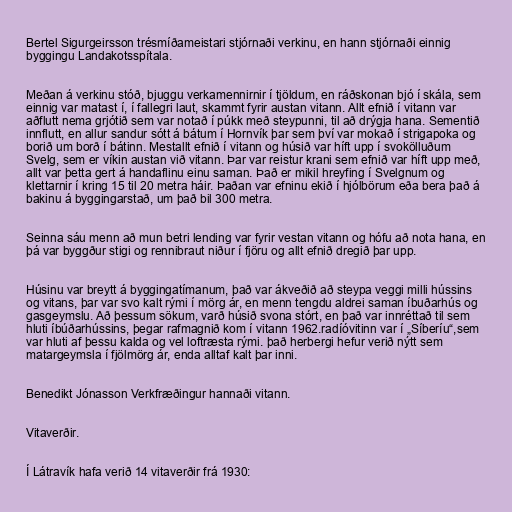
Bertel Sigurgeirsson trésmíðameistari stjórnaði verkinu, en hann stjórnaði einnig
byggingu Landakotsspítala.

Meðan á verkinu stóð, bjuggu verkamennirnir í tjöldum, en ráðskonan bjó í skála, sem
einnig var matast í, í fallegri laut, skammt fyrir austan vitann. Allt efnið í vitann var
aðflutt nema grjótið sem var notað í púkk með steypunni, til að drýgja hana. Sementið
innflutt, en allur sandur sótt á bátum í Hornvík þar sem því var mokað í strigapoka og
borið um borð í bátinn. Mestallt efnið í vitann og húsið var híft upp í svokölluðum
Svelg, sem er víkin austan við vitann. Þar var reistur krani sem efnið var híft upp með,
allt var þetta gert á handaflinu einu saman. Það er mikil hreyfing í Svelgnum og
klettarnir í kring 15 til 20 metra háir. Þaðan var efninu ekið í hjólbörum eða bera það á
bakinu á byggingarstað, um það bil 300 metra.

Seinna sáu menn að mun betri lending var fyrir vestan vitann og hófu að nota hana, en
þá var byggður stigi og rennibraut niður í fjöru og allt efnið dregið þar upp.

Húsinu var breytt á byggingatímanum, það var ákveðið að steypa veggi milli hússins
og vitans, þar var svo kalt rými í mörg ár, en menn tengdu aldrei saman íbuðarhús og
gasgeymslu. Að þessum sökum, varð húsið svona stórt, en það var innréttað til sem
hluti íbúðarhússins, þegar rafmagnið kom í vitann 1962.radíóvitinn var í „Síberíu“,sem
var hluti af þessu kalda og vel loftræsta rými. það herbergi hefur verið nýtt sem
matargeymsla í fjölmörg ár, enda alltaf kalt þar inni.

Benedikt Jónasson Verkfræðingur hannaði vitann.

Vitaverðir.

Í Látravík hafa verið 14 vitaverðir frá 1930: